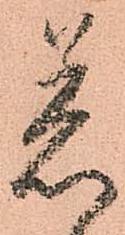
着